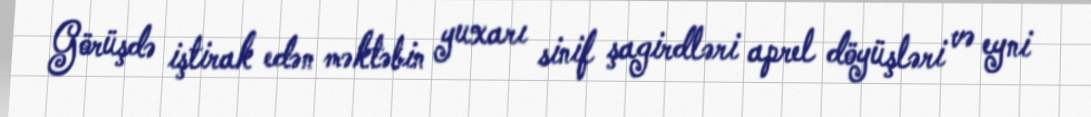
Görüşdə iştirak edən məktəbin yuxarı sinif şagirdləri aprel döyüşləri və eyni